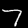
Label: 7